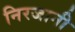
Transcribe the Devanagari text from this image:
निरजानी